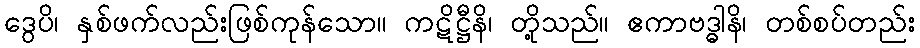
ဒွေပိ၊ နှစ်ဖက်လည်းဖြစ်ကုန်သော။ ကဋိဋ္ဌီနိ၊ တို့သည်။ ဧကာဗဒ္ဓါနိ၊ တစ်စပ်တည်း